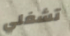
تشغلي